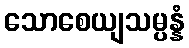
သောစေယျသမ္ပန္နံ